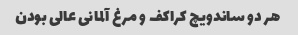
هر دو ساندویچ کراکف و مرغ آلمانی عالی بودن